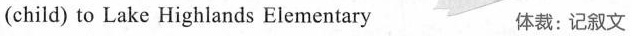
(child) to Lake Highlands Elementary 体裁: 记叙文